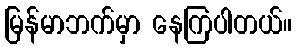
မြန်မာဘက်မှာ နေကြပါတယ်။